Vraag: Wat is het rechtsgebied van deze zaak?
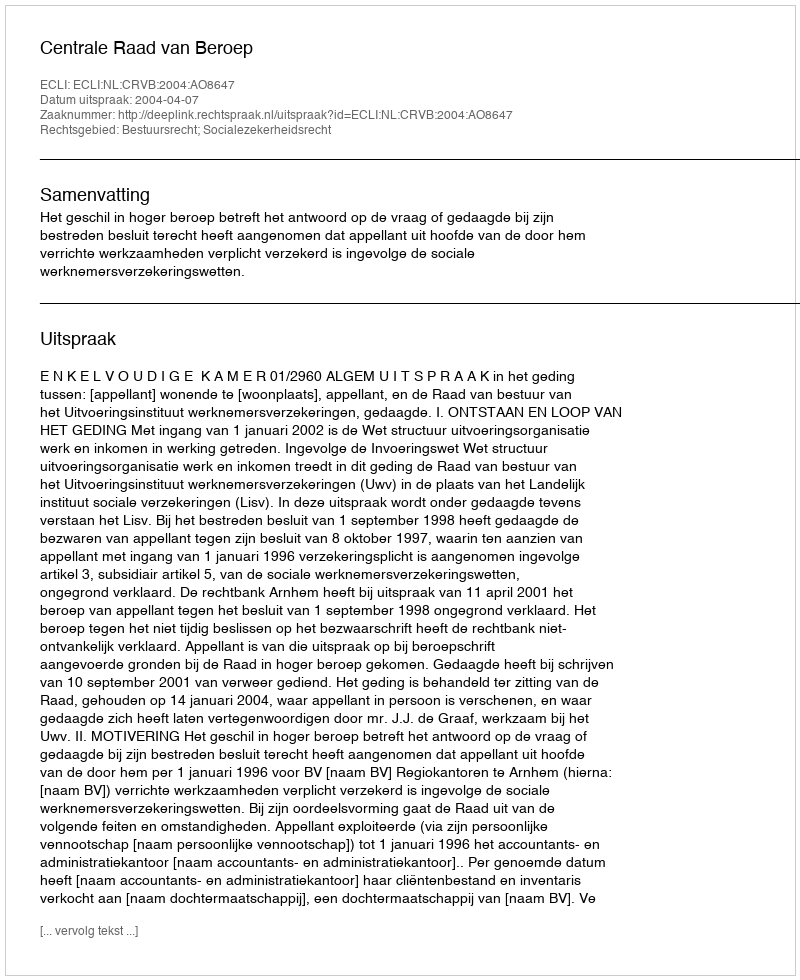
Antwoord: Bestuursrecht; Socialezekerheidsrecht